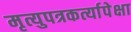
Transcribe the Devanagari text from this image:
मृत्युपत्रकर्त्यापेक्षा